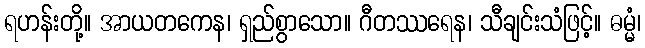
ရဟန်းတို့။ အာယတကေန၊ ရှည်စွာသော။ ဂီတဿရေန၊ သီချင်းသံဖြင့်။ ဓမ္မံ၊